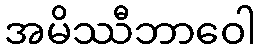
အမိဿီဘာဝေါ